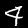
Digit: 4